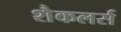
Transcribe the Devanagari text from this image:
शैकलर्स